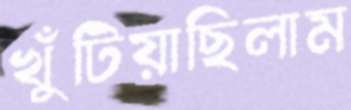
খুঁটিয়াছিলাম